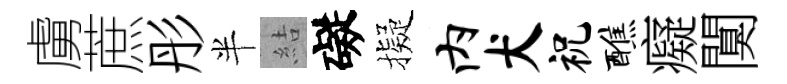
虜蔗彤半結礙擬内犬祝醮癡闃